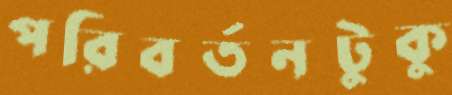
পরিবর্তনটুকু